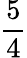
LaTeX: \frac{5}{4}